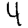
Digit: 4